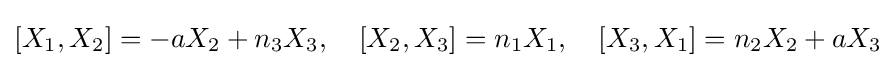
[X_{1},X_{2}]=-aX_{2}+n_{3}X_{3},\quad [X_{2},X_{3}]=n_{1}X_{1},\quad [X_{3},X_{1}]=n_{2}X_{2}+aX_{3}